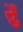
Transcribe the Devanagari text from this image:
छेँ